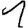
Digit: 1